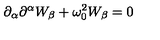
\partial _ { \alpha } \partial ^ { \alpha } W _ { \beta } + \omega _ { 0 } ^ { 2 } W _ { \beta } = 0